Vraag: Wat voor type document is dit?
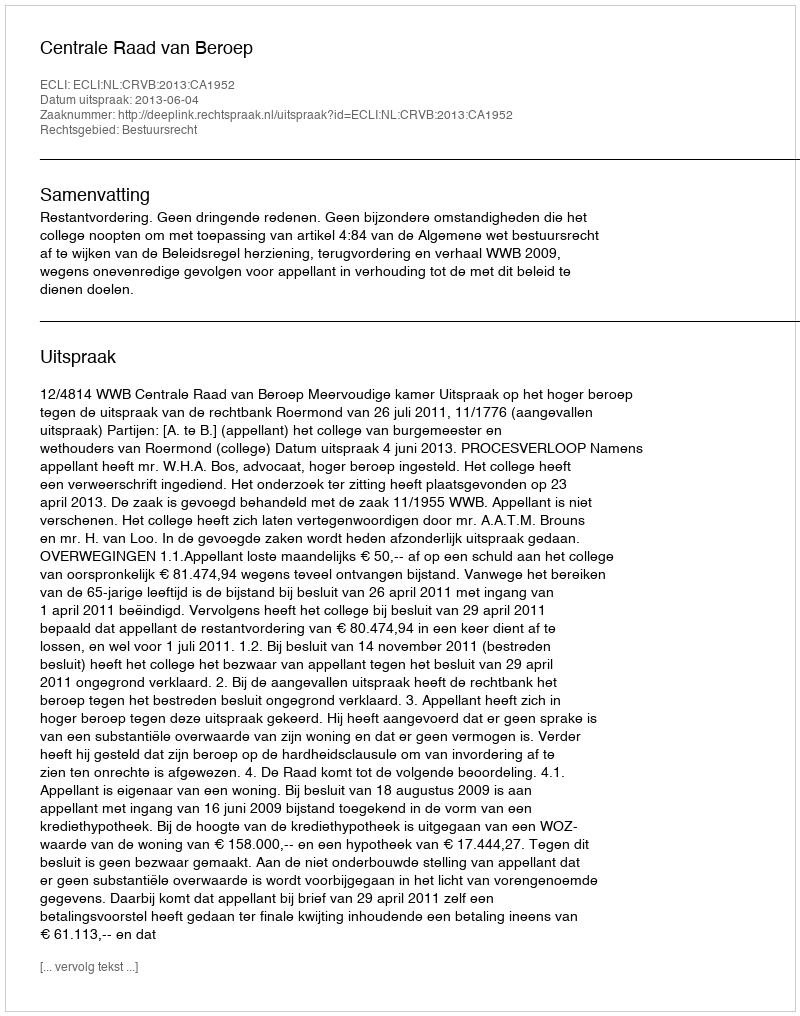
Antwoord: Uitspraak